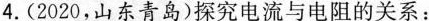
4.(2020，山东青岛)探究电流与电阻的关系：